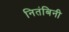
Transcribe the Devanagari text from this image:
नितंबिनी